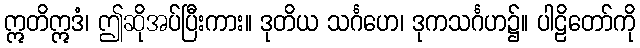
ဣတိဣဒံ၊ ဤဆိုအပ်ပြီးကား။ ဒုတိယ သင်္ဂဟေ၊ ဒုကသင်္ဂဟ၌။ ပါဠိတော်ကို